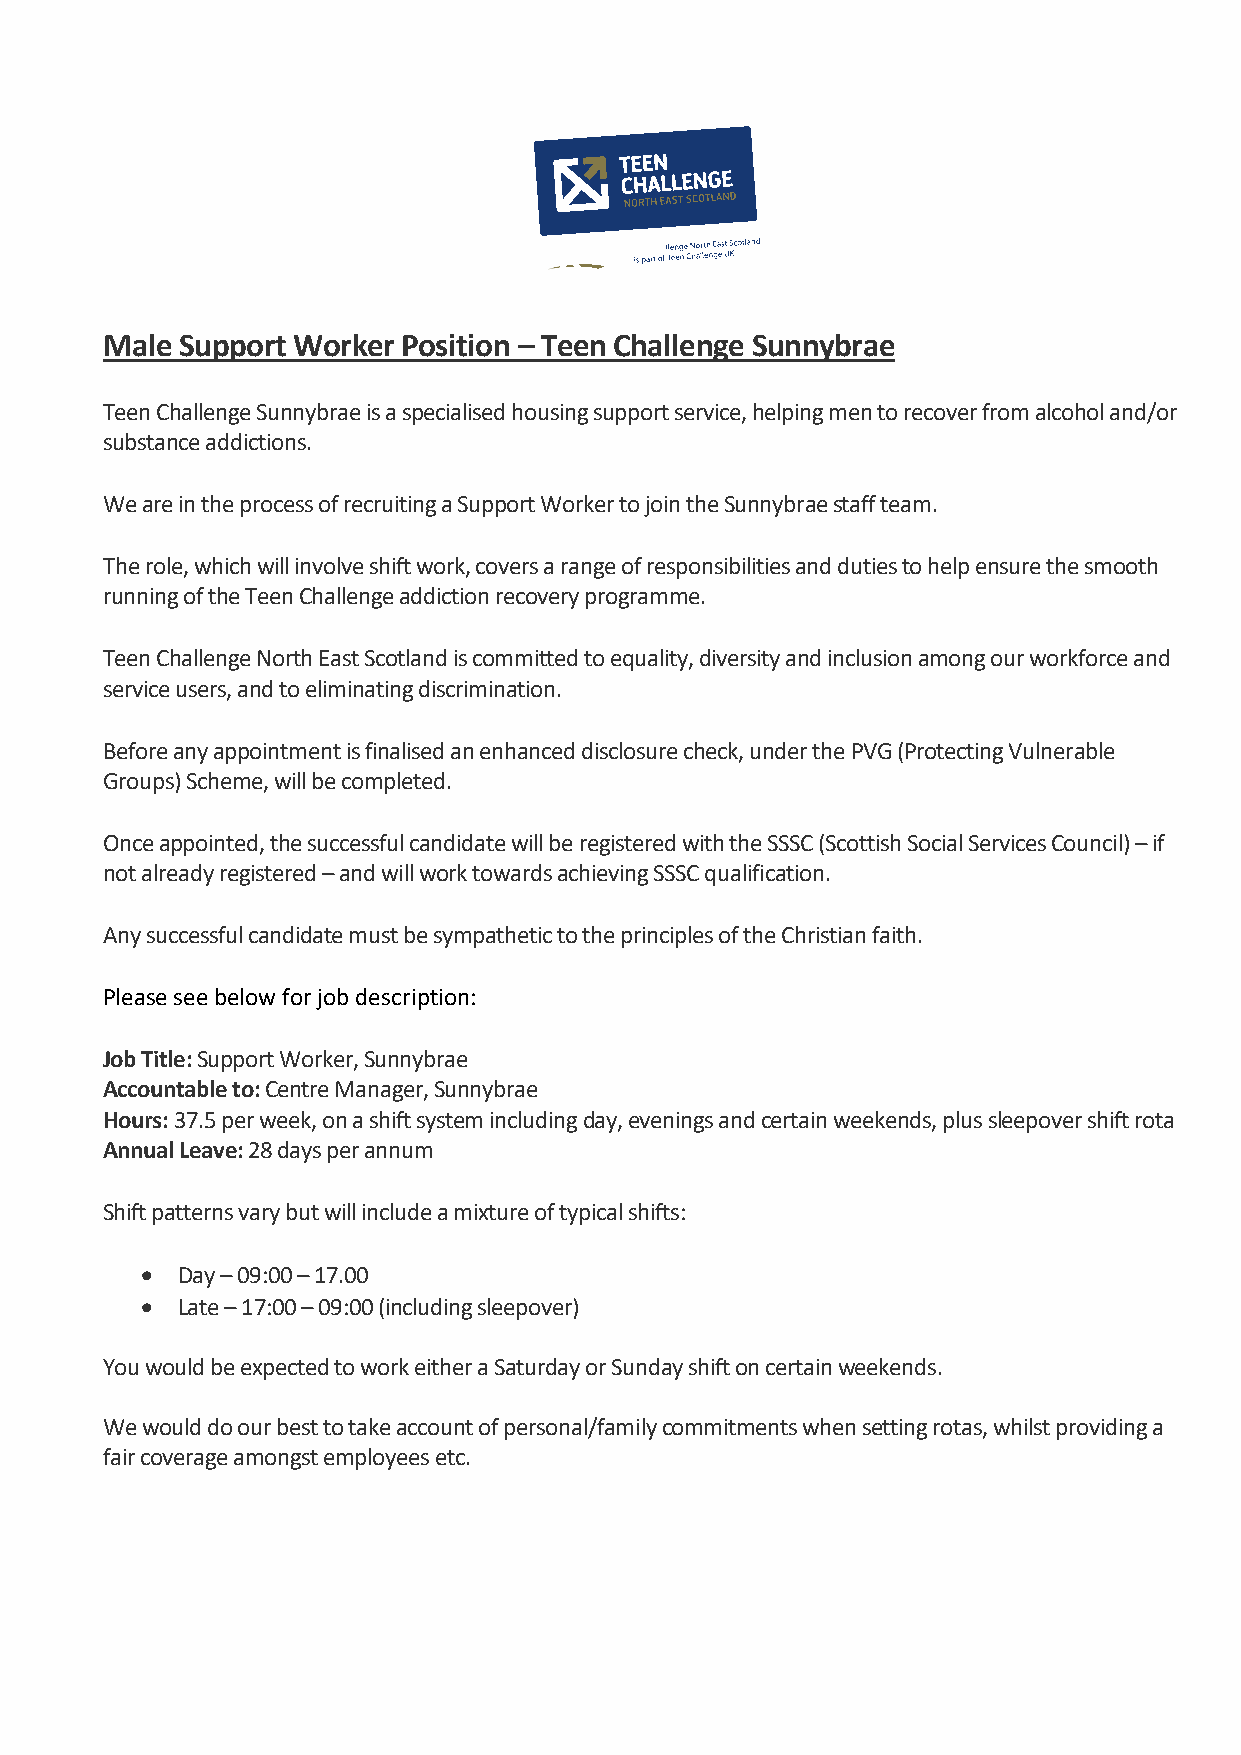
Male Support Worker Position – Teen Challenge Sunnybrae
 Teen Challenge Sunnybrae is a specialised housing support service, helping men to recover from alcohol and/or
 substance addictions.
 We are in the process of recruiting a Support Worker to join the Sunnybrae staff team.
 The role, which will involve shift work, covers a range of responsibilities and duties to help ensure the smooth
 running of the Teen Challenge addiction recovery programme.
 Teen Challenge North East Scotland is committed to equality, diversity and inclusion among our workforce and
 service users, and to eliminating discrimination.
 Before any appointment is finalised an enhanced disclosure check, under the PVG (Protecting Vulnerable
 Groups) Scheme, will be completed.
 Once appointed, the successful candidate will be registered with the SSSC (Scottish Social Services Council) – if
 not already registered – and will work towards achieving SSSC qualification.
 Any successful candidate must be sympathetic to the principles of the Christian faith.
 Please see below for job description:
 Job Title: Support Worker, Sunnybrae
 Accountable to: Centre Manager, Sunnybrae
 Hours: 37.5 per week, on a shift system including day, evenings and certain weekends, plus sleepover shift rota
 Annual Leave: 28 days per annum
 Shift patterns vary but will include a mixture of typical shifts:
 •  Day – 09:00 – 17.00
 •  Late – 17:00 – 09:00 (including sleepover)
 You would be expected to work either a Saturday or Sunday shift on certain weekends.
 We would do our best to take account of personal/family commitments when setting rotas, whilst providing a
 fair coverage amongst employees etc.